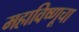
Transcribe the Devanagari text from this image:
महाविष्णूचा